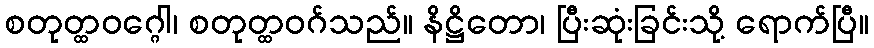
စတုတ္ထဝဂ္ဂေါ၊ စတုတ္ထဝဂ်သည်။ နိဋ္ဌိတော၊ ပြီးဆုံးခြင်းသို့ ရောက်ပြီ။